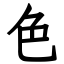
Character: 色